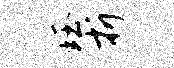
珏折